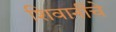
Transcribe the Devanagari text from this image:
शिवानींचे